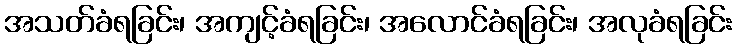
အသတ်ခံရခြင်း၊ အကျင့်ခံရခြင်း၊ အလောင်ခံရခြင်း၊ အလုခံရခြင်း